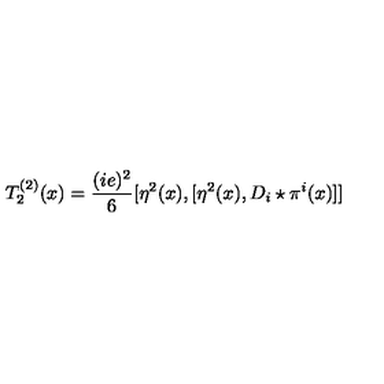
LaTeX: T _ { 2 } ^ { ( 2 ) } ( x ) = \frac { ( i e ) ^ { 2 } } { 6 } [ \eta ^ { 2 } ( x ) , [ \eta ^ { 2 } ( x ) , D _ { i } \star \pi ^ { i } ( x ) ] ]